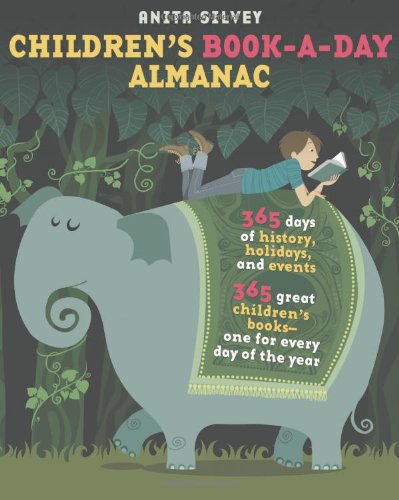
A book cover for Children's Book-a-Day Almanac; Anita Silvey; Reference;